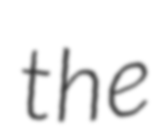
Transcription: the